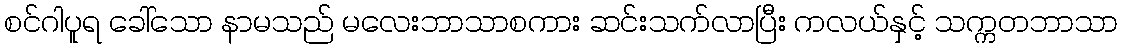
စင်ဂါပူရ ခေါ်သော နာမသည် မလေးဘာသာစကား ဆင်းသက်လာပြီး ကလယ်နှင့် သက္ကတဘာသာ